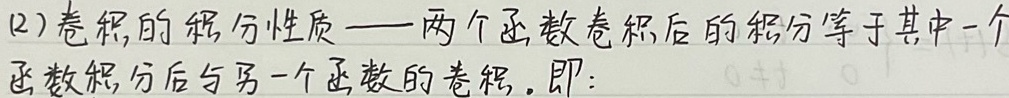
(2)卷积的积分性质—两个函数卷积后的积分等于其中一个
函数积分后与另一个函数的卷积。即：